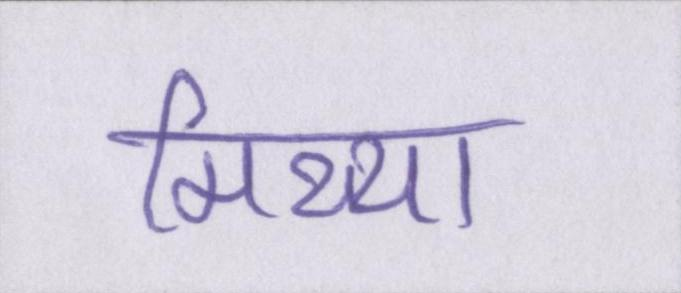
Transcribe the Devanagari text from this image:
मिथ्या